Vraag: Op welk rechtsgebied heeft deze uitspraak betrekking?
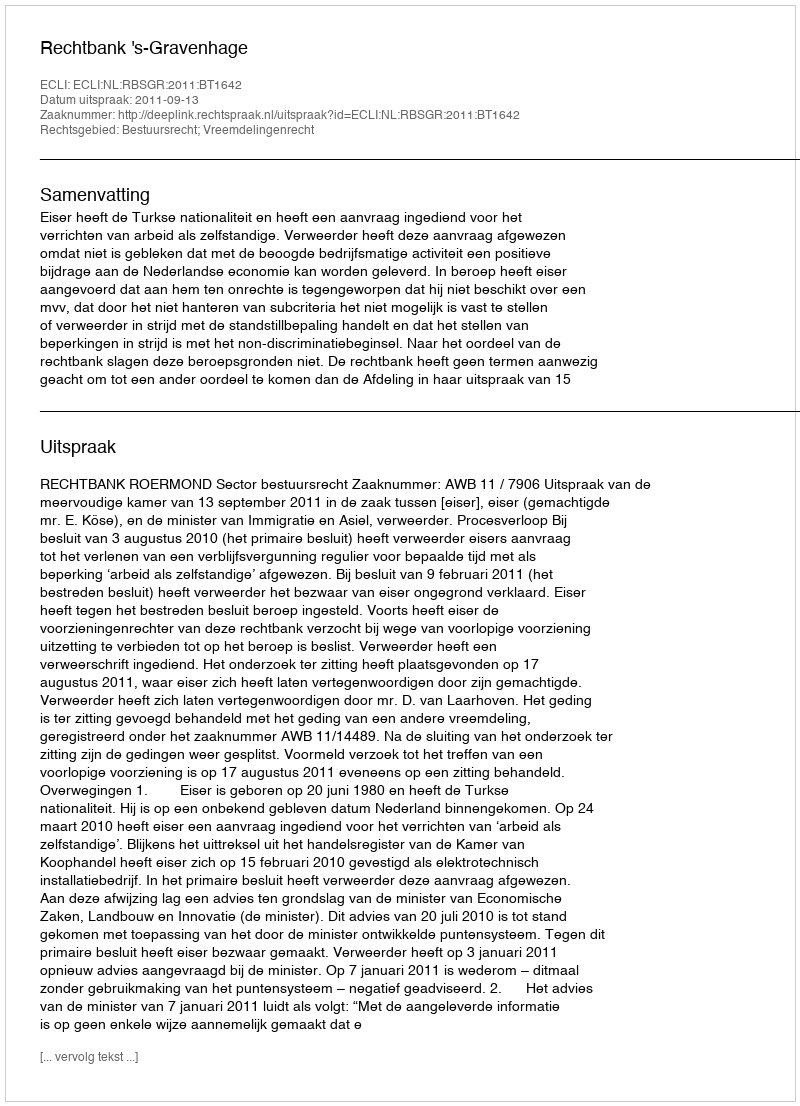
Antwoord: Bestuursrecht; Vreemdelingenrecht